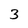
Character: 3